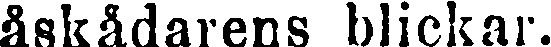
åskådarens blickar.